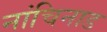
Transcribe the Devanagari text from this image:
नांचिनाड